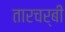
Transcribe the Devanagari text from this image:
तारचर्बी